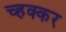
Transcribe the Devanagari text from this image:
च्हक्कर